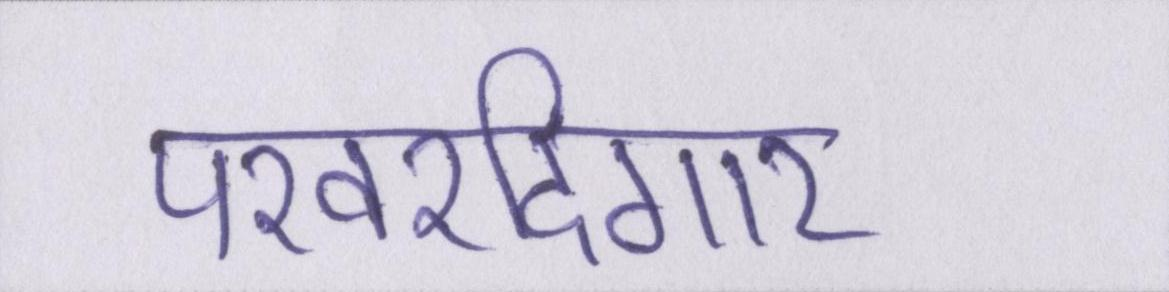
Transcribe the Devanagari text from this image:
परवरदिगार